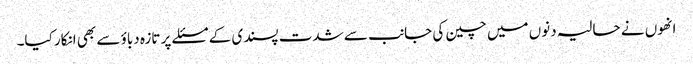
انھوں نے حالیہ دنوں میں چین کی جانب سے شدت پسندی کے مسئلے پر تازہ دباؤ سے بھی انکار کیا۔